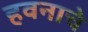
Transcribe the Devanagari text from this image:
हवनाचे